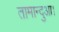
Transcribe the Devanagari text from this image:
तामान्दुआ।